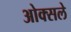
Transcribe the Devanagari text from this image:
ओक्सले